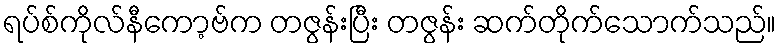
ရပ်စ်ကိုလ်နီကော့ဗ်က တဇွန်းပြီး တဇွန်း ဆက်တိုက်သောက်သည်။